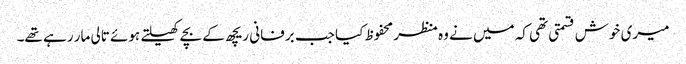
میری خوش قسمتی تھی کہ میں نے وہ منظر محفوظ کیا جب برفانی ریچھ کے بچے کھیلتے ہوئے تالی مار رہے تھے۔